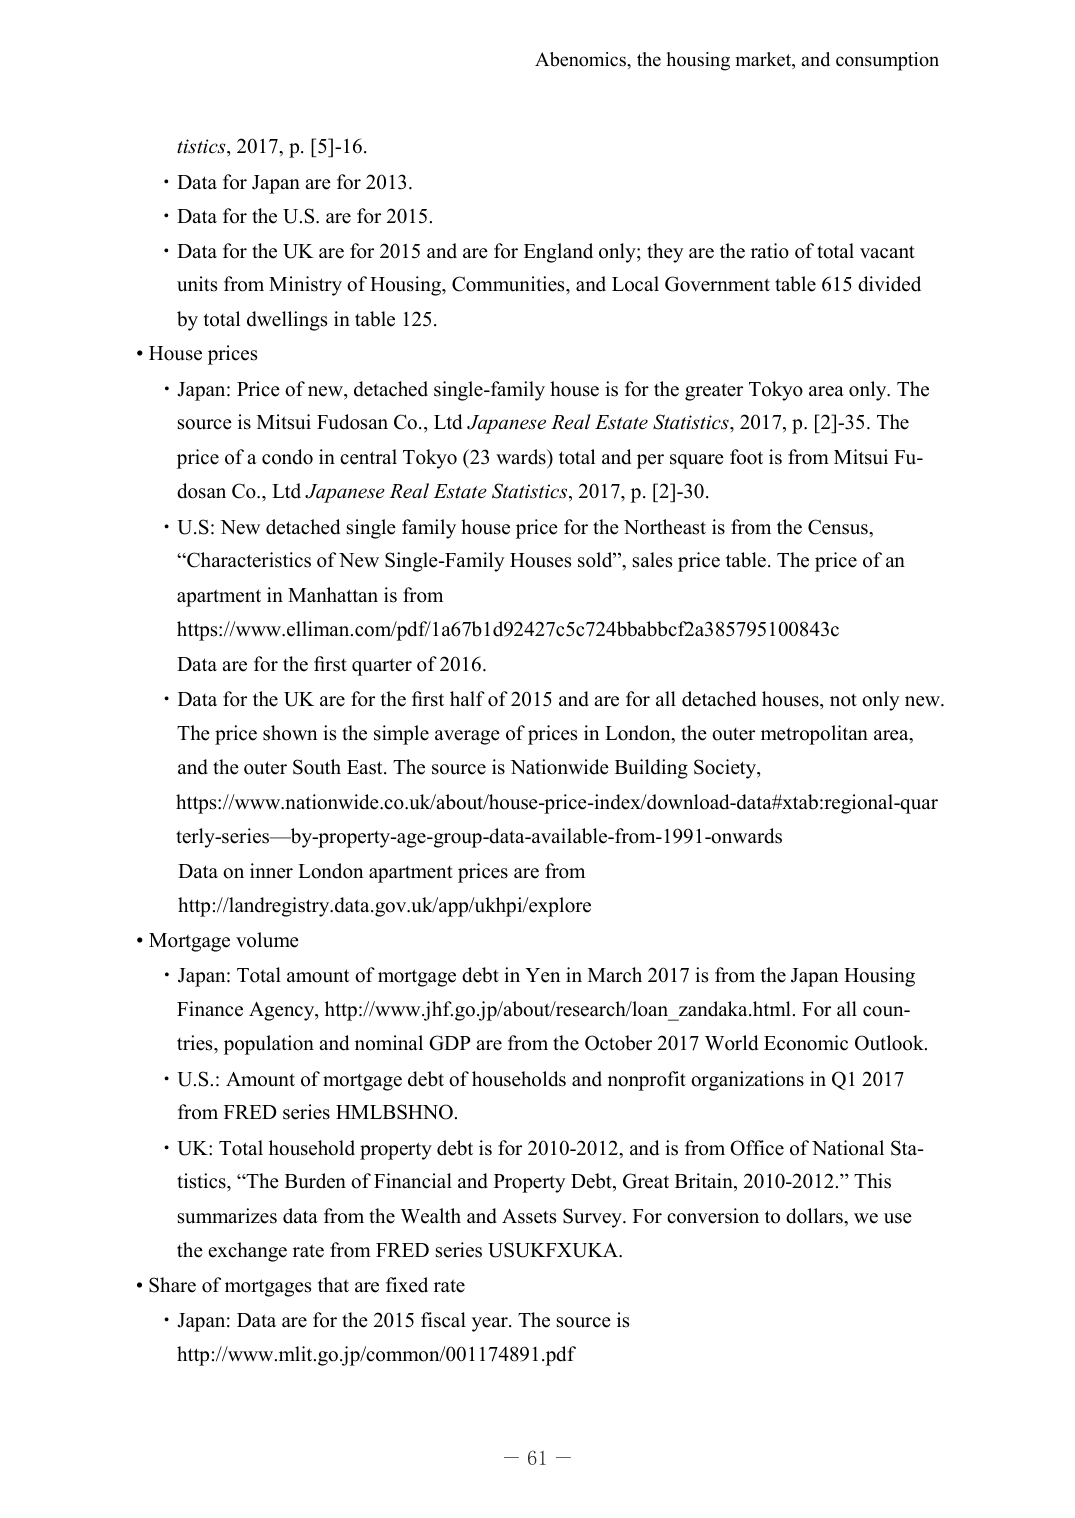
Abenomics, the housing market, and consumption

tistics, 2017, p. [5]-16.
• Data for Japan are for 2013.
• Data for the U.S. are for 2015.
• Data for the UK are for 2015 and are for England only; they are the ratio of total vacant units from Ministry of Housing, Communities, and Local Government table 615 divided by total dwellings in table 125.

• House prices
• Japan: Price of new, detached single-family house is for the greater Tokyo area only. The source is Mitsui Fudosan Co., Ltd Japanese Real Estate Statistics, 2017, p. [2]-35. The price of a condo in central Tokyo (23 wards) total and per square foot is from Mitsui Fudosan Co., Ltd Japanese Real Estate Statistics, 2017, p. [2]-30.
• U.S: New detached single family house price for the Northeast is from the Census, “Characteristics of New Single-Family Houses sold”, sales price table. The price of an apartment in Manhattan is from https://www.elliman.com/pdf/1a67b1d92427c5c724bbabbcf2a385795100843c Data are for the first quarter of 2016.
• Data for the UK are for the first half of 2015 and are for all detached houses, not only new. The price shown is the simple average of prices in London, the outer metropolitan area, and the outer South East. The source is Nationwide Building Society, https://www.nationwide.co.uk/about/house-price-index/download-data#xtab:regional-quarterly-series—by-property-age-group-data-available-from-1991-onwards Data on inner London apartment prices are from http://landregistry.data.gov.uk/app/ukhpi/explore

• Mortgage volume
• Japan: Total amount of mortgage debt in Yen in March 2017 is from the Japan Housing Finance Agency, http://www.jhf.go.jp/about/research/loan_zandaka.html. For all countries, population and nominal GDP are from the October 2017 World Economic Outlook.
• U.S.: Amount of mortgage debt of households and nonprofit organizations in Q1 2017 from FRED series HMLBSHNO.
• UK: Total household property debt is for 2010-2012, and is from Office of National Statistics, “The Burden of Financial and Property Debt, Great Britain, 2010-2012.” This summarizes data from the Wealth and Assets Survey. For conversion to dollars, we use the exchange rate from FRED series USUKFXUKA.

• Share of mortgages that are fixed rate
• Japan: Data are for the 2015 fiscal year. The source is http://www.mlit.go.jp/common/001174891.pdf

— 61 —